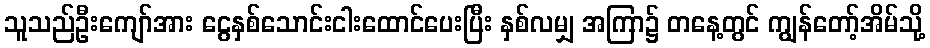
သူသည်ဦးကျော်အား ငွေနှစ်သောင်းငါးထောင်ပေးပြီး နှစ်လမျှ အကြာ၌ တနေ့တွင် ကျွန်တော့်အိမ်သို့